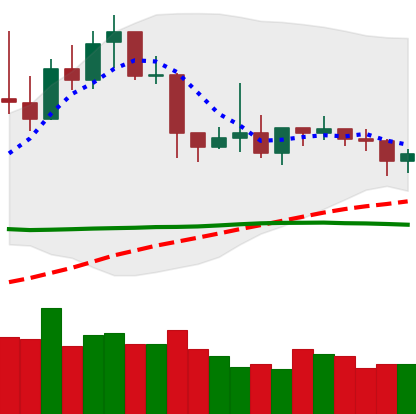
Ticker: XLM-USD
Chart end date: 2019-04-22
Forward return: -11.934%
Label: down_7plus